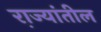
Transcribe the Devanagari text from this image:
रा़ज्यांतील